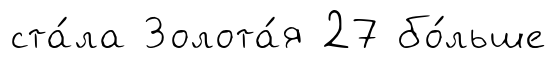
ста́ла Золота́я 27 бо́льше